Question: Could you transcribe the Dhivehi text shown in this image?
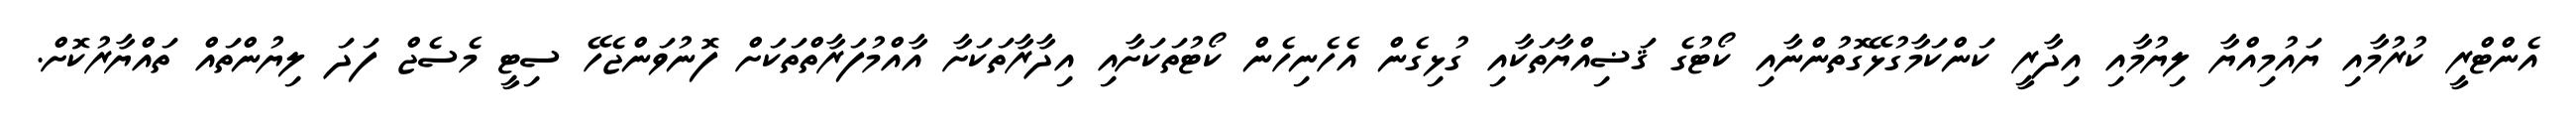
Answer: އެންޓްރީ ކުރުމާއި ޔައުމިއްޔާ ލިޔުމާއި އިދާރީ ކަންކަމާގުޅޭގޮތުންނާއި ކޯޓުގެ ޤަޟިއްޔާތަކާއި ގުޅިގެން އެހެނިހެން ކޯޓުތަކަށާއި އިދާރާތަކަށާ އާއްމުފަރާތްތަކަށް ފޮނުވަންޖެހޭ ސިޓީ މެސެޖް ފަދަ ލިޔުންތައް ތައްޔާރުކޮށް.